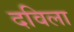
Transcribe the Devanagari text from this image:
दविला